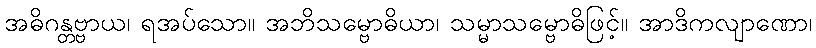
အဓိဂန္တဗ္ဗာယ၊ ရအပ်သော။ အဘိသမ္ဗောဓိယာ၊ သမ္မာသမ္ဗောဓိဖြင့်။ အာဒိကလျာဏော၊